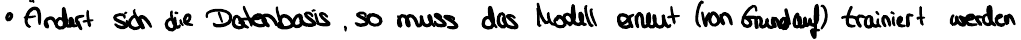
Ändert sich die Datenbasis, so muss das Modell erneut (von Grundauf) trainiert werden